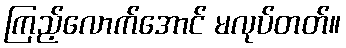
ကြည့်လောက်အောင် မလုပ်တတ်။